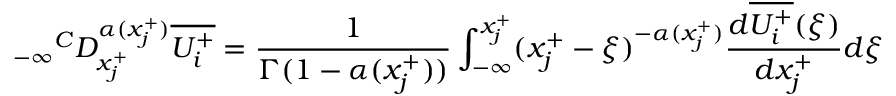
{ _ { - \infty } } ^ { C } D _ { x _ { j } ^ { + } } ^ { \alpha ( x _ { j } ^ { + } ) } \overline { { U _ { i } ^ { + } } } = \frac { 1 } { \Gamma ( 1 - \alpha ( x _ { j } ^ { + } ) ) } \int _ { - \infty } ^ { x _ { j } ^ { + } } ( x _ { j } ^ { + } - \xi ) ^ { - \alpha ( x _ { j } ^ { + } ) } \frac { d \overline { { U _ { i } ^ { + } } } ( \xi ) } { d x _ { j } ^ { + } } d \xi